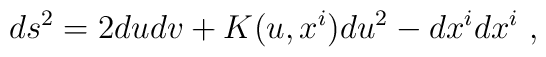
ds^2 = 2 du dv + K (u, x^i ) du^2 - dx^i d x^i \ ,